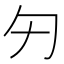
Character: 𠣌